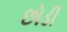
છોડી